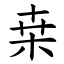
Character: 桒